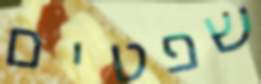
שפטים